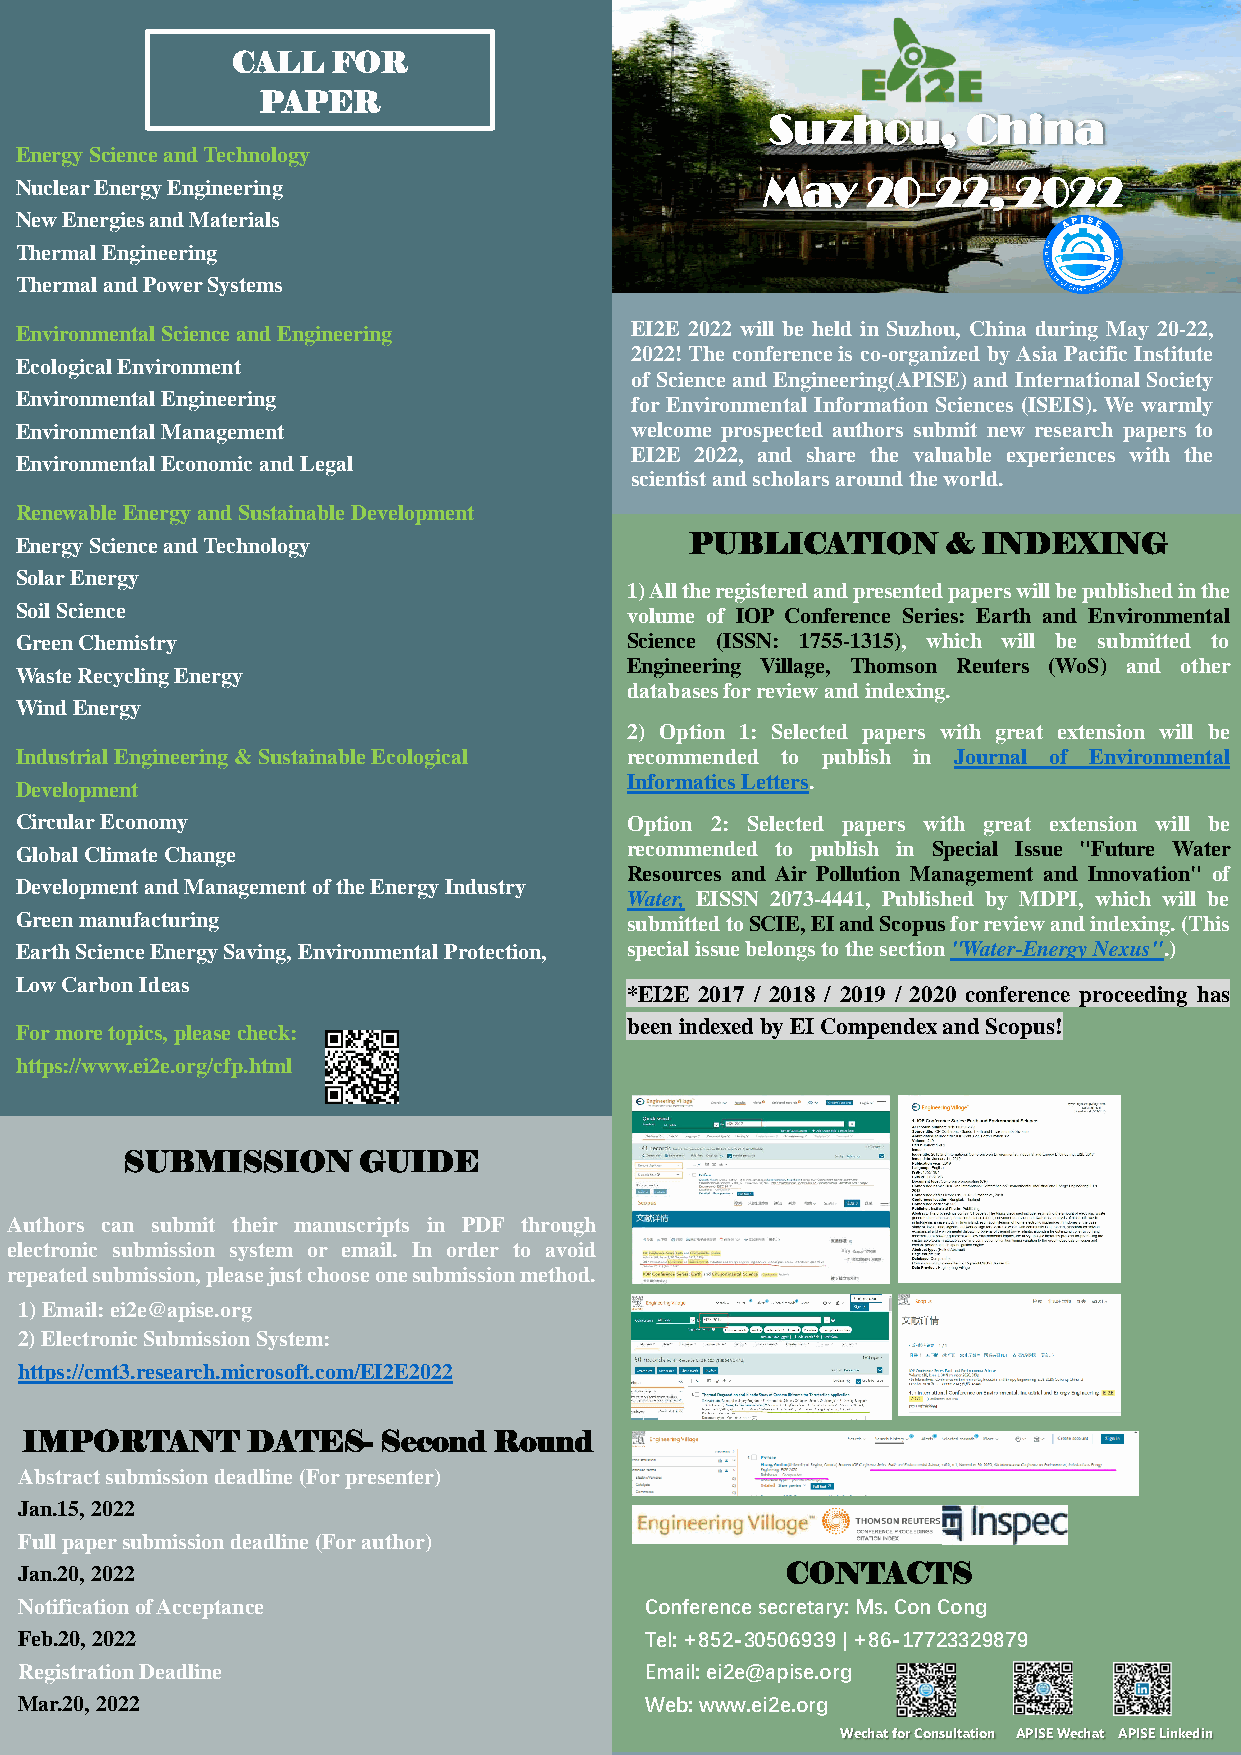
CALL   FOR
 PAPER
 Energy Science and Technology
 Nuclear Energy Engineering
 Ni ziji z ajia
 New Energies and Materials
 Thermal Engineering
 Thermal and Power Systems
 Environmental Science and Engineering    EI2E 2022 will be held in Suzhou, China during May 20-22,
 2022! The conference is co-organized by Asia Pacific Institute
 Ecological Environment
 of Science and Engineering(APISE) and International Society
 Environmental Engineering                for Environmental Information Sciences (ISEIS). We warmly
 Environmental Management                 welcome prospected authors submit new research papers to
 EI2E 2022, and share the valuable experiences with the
 Environmental Economic and Legal
 scientist and scholars around the world.
 Renewable Energy and Sustainable Development
 Energy Science and Technology                PUBLICATION      & INDEXING
 Solar Energy
 1)All the registered and presented papers will be published in the
 Soil Science                            volume of IOP Conference Series: Earth and Environmental
 Green Chemistry                         Science (ISSN: 1755-1315), which will be submitted to
 Engineering Village, Thomson Reuters (WoS) and other
 Waste Recycling Energy
 databases for review and indexing.
 Wind Energy
 2) Option 1: Selected papers with great extension will be
 Industrial Engineering & Sustainable Ecological recommended to publish in Journal of Environmental
 Informatics Letters.
 Development
 Circular Economy                        Option 2: Selected papers with great extension will be
 Global Climate Change                   recommended to publish in Special Issue "Future Water
 Resources and Air Pollution Management and Innovation" of
 Development and Management of the Energy Industry
 Water, EISSN 2073-4441, Published by MDPI, which will be
 Green manufacturing                     submitted to SCIE, EI and Scopus for review and indexing. (This
 Earth Science Energy Saving, Environmental Protection, special issue belongs to the section "Water-Energy Nexus".)
 Low Carbon Ideas
 *EI2E 2017 / 2018 / 2019 / 2020 conference proceeding has
 been indexed by EI Compendex and Scopus!
 For more topics, please check:
 https://www.ei2e.org/cfp.html
 SUBMISSION      GUIDE
 Authors can submit their manuscripts in PDF through
 electronic submission system or email. In order to avoid
 repeated submission, please just choose one submission method.
 1)Email: ei2e@apise.org
 2)Electronic Submission System:
 https://cmt3.research.microsoft.com/EI2E2022
 IMPORTANT      DATES-   Second  Round
 Abstract submission deadline (For presenter)
 Jan.15, 2022
 Full paper submission deadline (For author)
 Jan.20, 2022                                       CONTACTS
 Notification of Acceptance                Conference secretary: Ms. Con Cong
 Feb.20, 2022                              Tel: +852-30506939 | +86-17723329879
 Registration Deadline                     Email: ei2e@apise.org
 Mar.20, 2022                              Web: www.ei2e.org
 Wechat for Consultation APISE Wechat APISE Linkedin